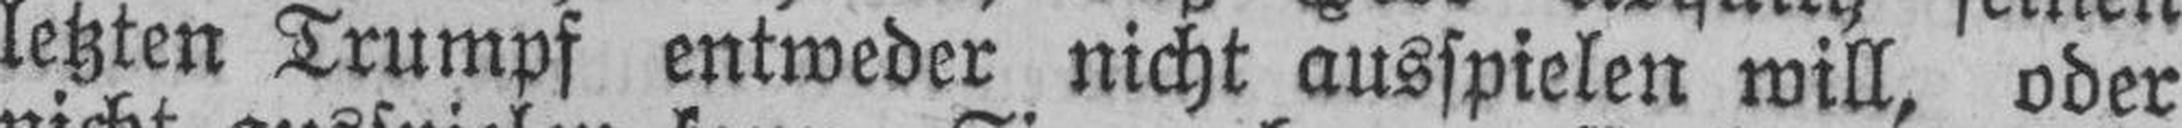
letzten Trumpf entweder nicht ausspielen will, oder